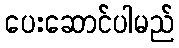
ပေးဆောင်ပါမည်